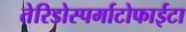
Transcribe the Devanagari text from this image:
तेरिडोस्पर्माटोफाईटा